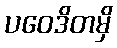
ပဝေဒိတမှိ